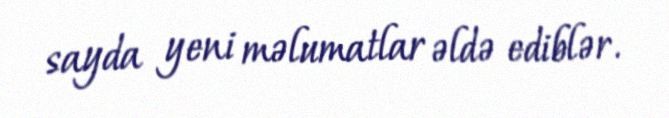
sayda yeni məlumatlar əldə ediblər.